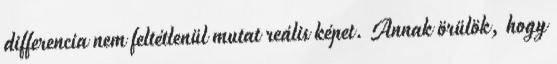
differencia nem feltétlenül mutat reális képet. Annak örülök, hogy